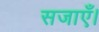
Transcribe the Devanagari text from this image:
सजाएँ।